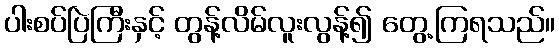
ပါးစပ်ပြဲကြီးနှင့် တွန့်လိမ်လူးလွန့်၍ တွေ့ကြရသည်။